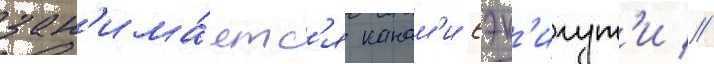
зан'има́етс'я канам'и сэк'игут'и //